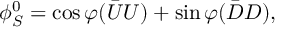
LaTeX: \phi _ { S } ^ { 0 } = \cos \varphi { ( \bar { U } U ) } + \sin \varphi { ( \bar { D } D ) } ,